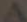
A